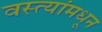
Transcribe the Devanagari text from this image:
वस्त्यांमधून